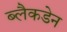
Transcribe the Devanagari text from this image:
ब्लैकडेन